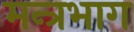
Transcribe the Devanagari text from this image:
मन्त्रभाग